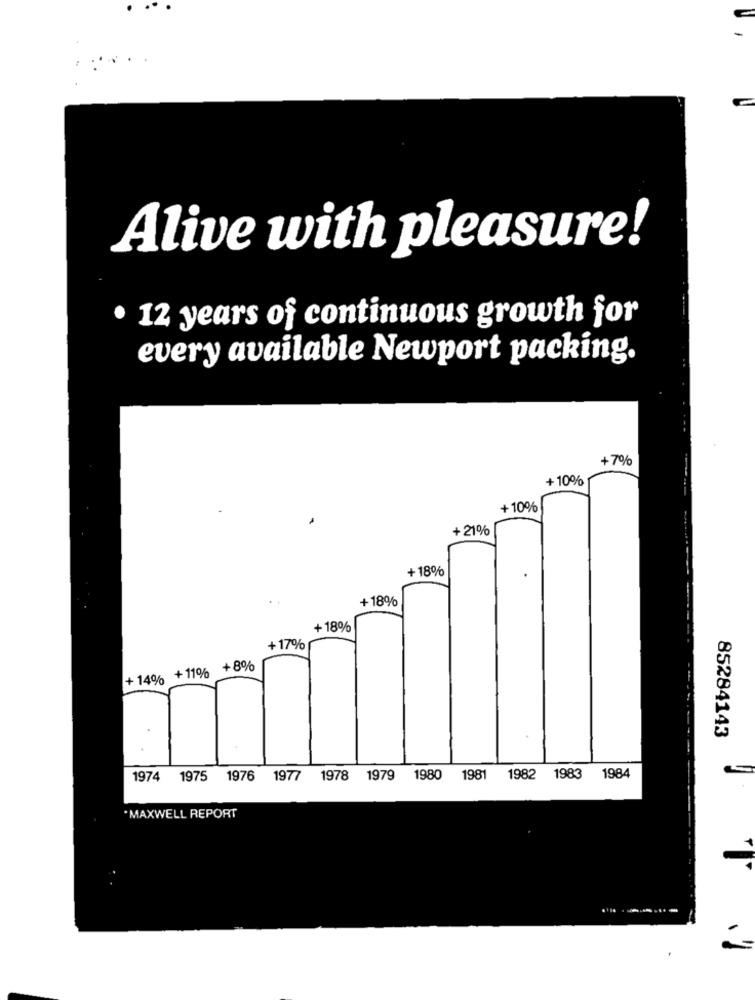
Alive with pleasure!
· 12 years of continuous growth for
every available Newport packing.
+ 7%
+ 10%
+ 10%
+ 21%
+ 18%
+ 18%
+18%
+ 17%
+ 14% + 11%
+8%
85284143
1974 1975 1976 1977 1978 1979 1980 1981 1982 1983 1984
* MAXWELL REPORT